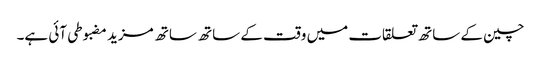
چین کے ساتھ تعلقات میں وقت کے ساتھ ساتھ مزید مضبوطی آئی ہے۔